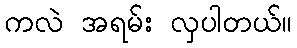
ကလဲ အရမ်း လှပါတယ်။